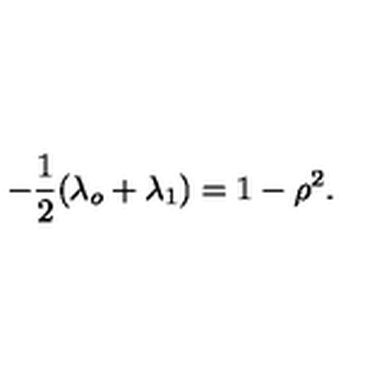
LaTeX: - \frac { 1 } { 2 } ( \lambda _ { o } + \lambda _ { 1 } ) = 1 - \rho ^ { 2 } .